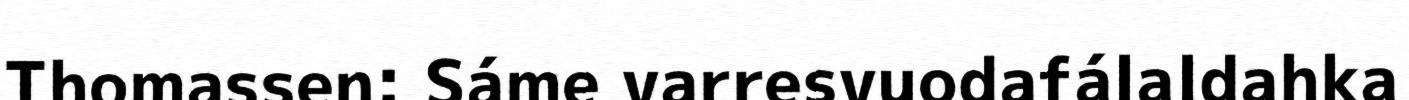
Thomassen: Sáme varresvuodafálaldahka